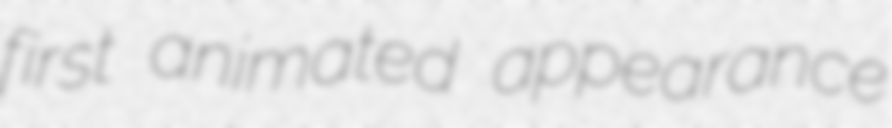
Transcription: first animated appearance